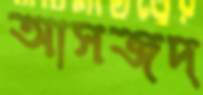
আসজদ